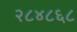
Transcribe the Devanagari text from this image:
२८४८६८